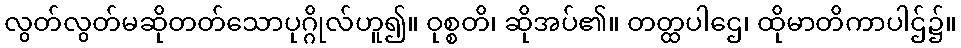
လွတ်လွတ်မဆိုတတ်သောပုဂ္ဂိုလ်ဟူ၍။ ဝုစ္စတိ၊ ဆိုအပ်၏။ တတ္ထပါဌေ၊ ထိုမာတိကာပါဌ်၌။